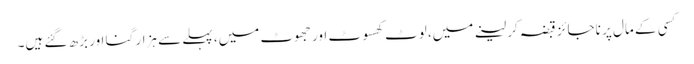
کسی کے مال پر ناجائز قبضہ کر لینے میں، لوٹ کھسوٹ اور جھوٹ میں، پہلے سے ہزار گنا اور بڑھ گئے ہیں۔